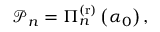
\begin{array} { r } { \mathcal { P } _ { n } = \Pi _ { n } ^ { \mathrm { ( r ) } } \left( \alpha _ { 0 } \right) , } \end{array}